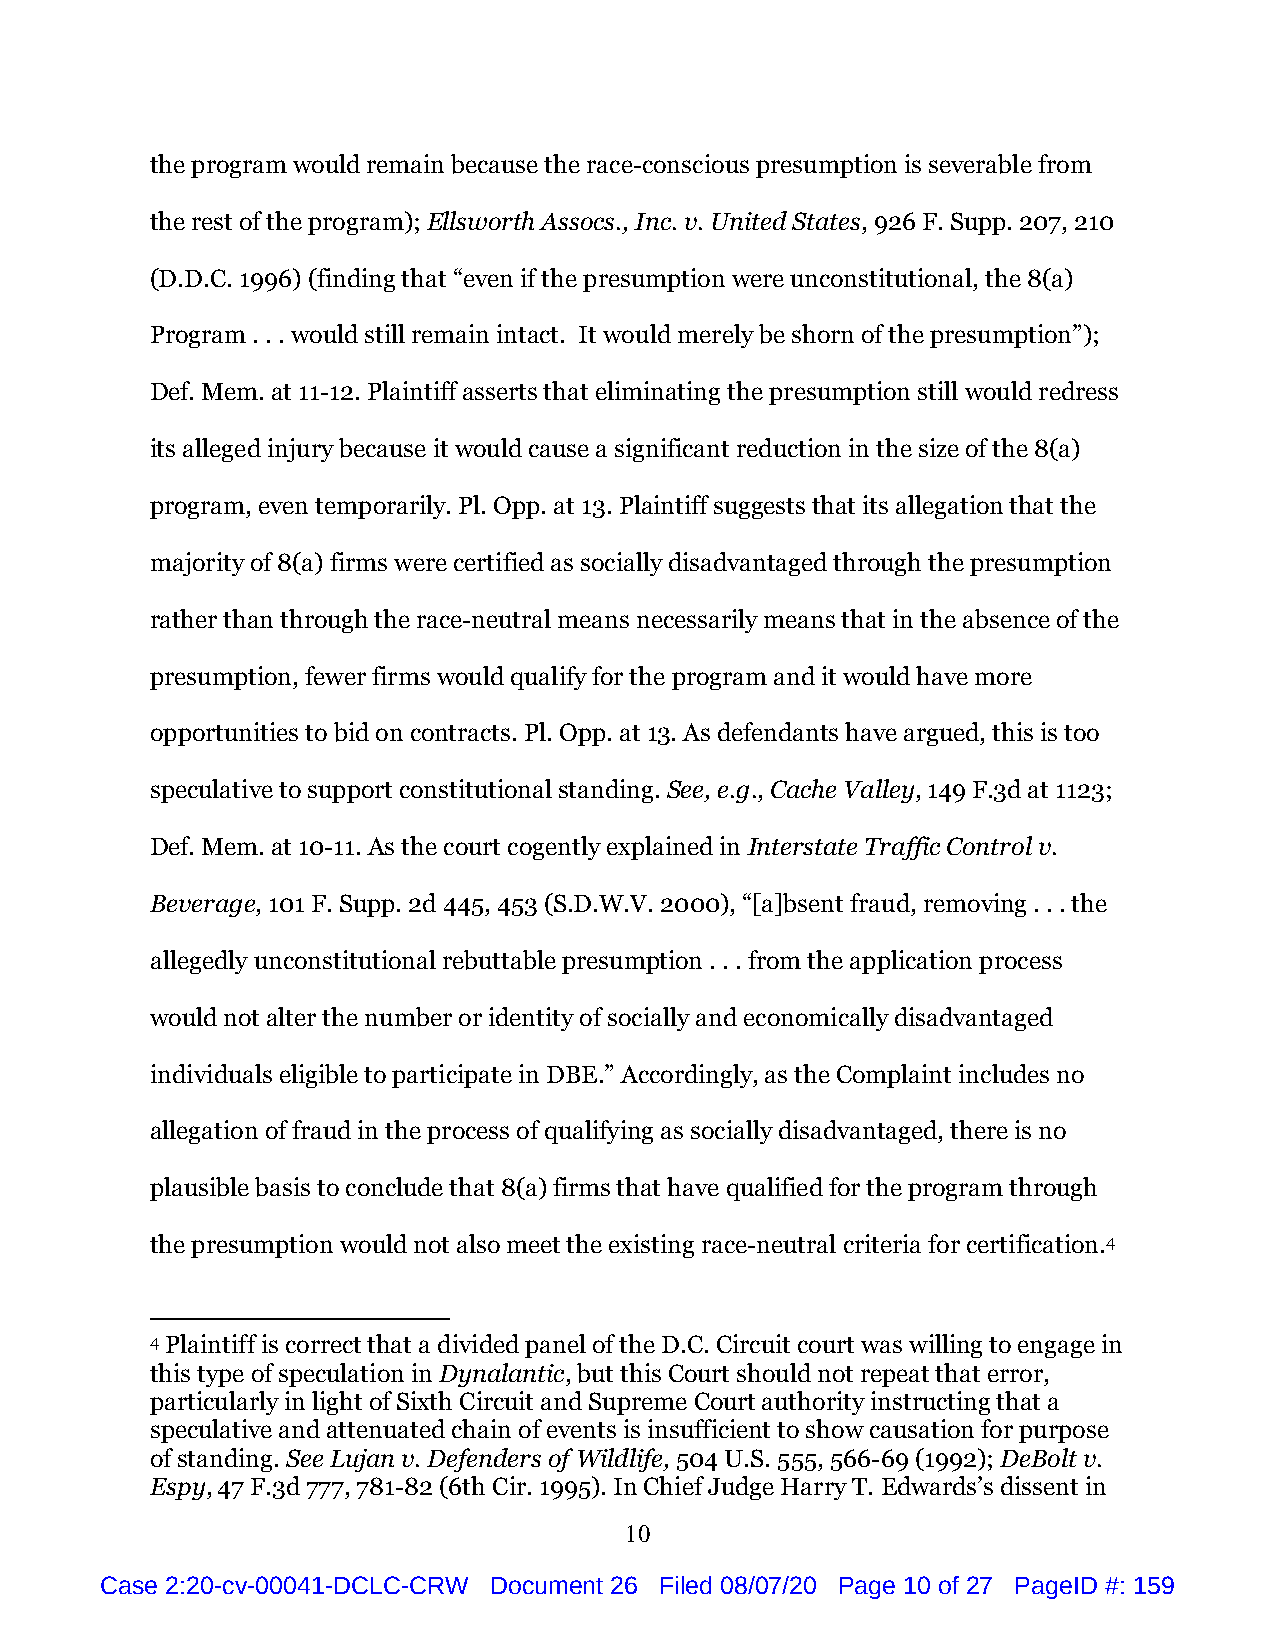
the program would remain because the race-conscious presumption is severable from
 the rest of the program); Ellsworth Assocs., Inc. v. United States, 926 F. Supp. 207, 210
 (D.D.C. 1996) (finding that “even if the presumption were unconstitutional, the 8(a)
 Program . . . would still remain intact. It would merely be shorn of the presumption”);
 Def. Mem. at 11-12. Plaintiff asserts that eliminating the presumption still would redress
 its alleged injury because it would cause a significant reduction in the size of the 8(a)
 program, even temporarily. Pl. Opp. at 13. Plaintiff suggests that its allegation that the
 majority of 8(a) firms were certified as socially disadvantaged through the presumption
 rather than through the race-neutral means necessarily means that in the absence of the
 presumption, fewer firms would qualify for the program and it would have more
 opportunities to bid on contracts. Pl. Opp. at 13. As defendants have argued, this is too
 speculative to support constitutional standing. See, e.g., Cache Valley, 149 F.3d at 1123;
 Def. Mem. at 10-11. As the court cogently explained in Interstate Traffic Control v.
 Beverage, 101 F. Supp. 2d 445, 453 (S.D.W.V. 2000), “[a]bsent fraud, removing . . . the
 allegedly unconstitutional rebuttable presumption . . . from the application process
 would not alter the number or identity of socially and economically disadvantaged
 individuals eligible to participate in DBE.” Accordingly, as the Complaint includes no
 allegation of fraud in the process of qualifying as socially disadvantaged, there is no
 plausible basis to conclude that 8(a) firms that have qualified for the program through
 the presumption would not also meet the existing race-neutral criteria for certification.4
 4 Plaintiff is correct that a divided panel of the D.C. Circuit court was willing to engage in
 this type of speculation in Dynalantic, but this Court should not repeat that error,
 particularly in light of Sixth Circuit and Supreme Court authority instructing that a
 speculative and attenuated chain of events is insufficient to show causation for purpose
 of standing. See Lujan v. Defenders of Wildlife, 504 U.S. 555, 566-69 (1992); DeBolt v.
 Espy, 47 F.3d 777, 781-82 (6th Cir. 1995). In Chief Judge Harry T. Edwards’s dissent in
 10
 Case 2:20-cv-00041-DCLC-CRW Document 26 Filed 08/07/20 Page 10 of 27 PageID #: 159